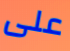
على